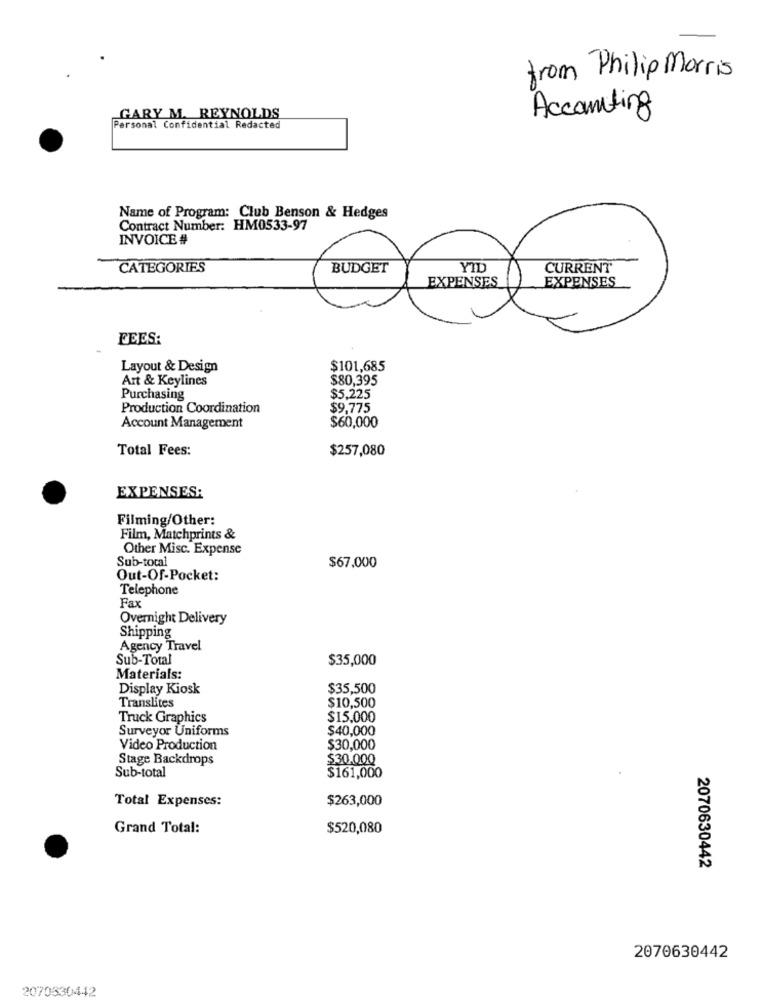
from Philip Morris
Accounting
GARY M. REYNOLDS
Personal Confidential Redacted
Name of Program: Club Benson & Hedges
Contract Number: HM0533-97
INVOICE #
CATEGORIES
BUDGET
YID
CURRENT
EXPENSES
FEES:
Layout & Design
$101,685
Art & Keylines
$80,395
Purchasing
$5,225
Production Coordination
$9,775
Account Management
$60,000
Total Fees:
$257,080
EXPENSES:
Filming/Other:
Film, Matchprints &
Other Misc. Expense
Sub-total
$67,000
Out-Of-Pocket:
Telephone
Fax
Overnight Delivery
Shipping
Agency Travel
Sub-Total
$35,000
Materials:
Display Kiosk
$35,500
Translites
$10,500
Truck Graphics
$15,000
Surveyor Uniforms
$40,000
Video Production
$30,000
Stage Backdrops
$30.000
Sub-total
$161,000
Total Expenses:
$263,000
Grand Total:
$520,080
2070630442
2070630442
2070330442